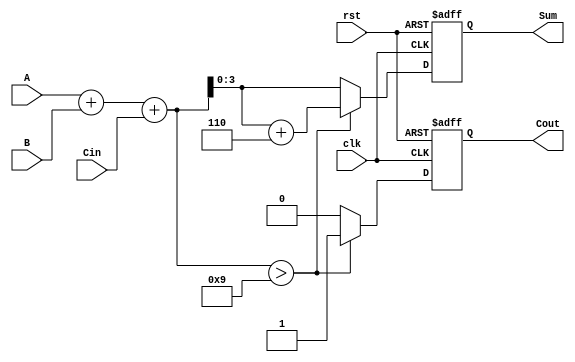
module BCD_Sequential_Adder (
    input wire [3:0] A,      // BCD input A
    input wire [3:0] B,      // BCD input B
    input wire Cin,          // Carry input
    input wire clk,          // Clock signal
    input wire rst,          // Reset signal
    output reg [3:0] Sum,    // BCD output Sum
    output reg Cout          // Carry output
);

    reg [4:0] binary_sum;    // 5-bit to accommodate carry

    always @(posedge clk or posedge rst) begin
        if (rst) begin
            Sum <= 4'b0000;   // Reset Sum to 0
            Cout <= 1'b0;     // Reset Cout to 0
        end else begin
            // Perform binary addition
            binary_sum = A + B + Cin;

            // Check if correction is needed
            if (binary_sum > 5'd9) begin
                Sum <= binary_sum + 5'd6; // Apply BCD correction
                Cout <= 1'b1;              // Set carry out
            end else begin
                Sum <= binary_sum[3:0];    // No correction needed
                Cout <= 1'b0;               // No carry out
            end
        end
    end

endmodule